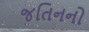
જતિનનો